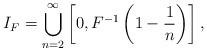
LaTeX: \begin{align*} I_{F}=\bigcup_{n=2}^{\infty}\left [ 0,F^{-1}\left ( 1-\frac{1}{n} \right ) \right ],\end{align*}